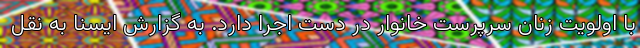
با اولویت زنان سرپرست خانوار در دست اجرا دارد. به گزارش ایسنا به نقل